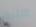
مانع